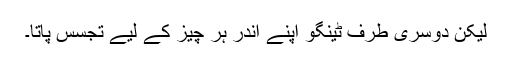
لیکن دوسری طرف ٹینگو اپنے اندر ہر چیز کے لیے تجسس پاتا۔